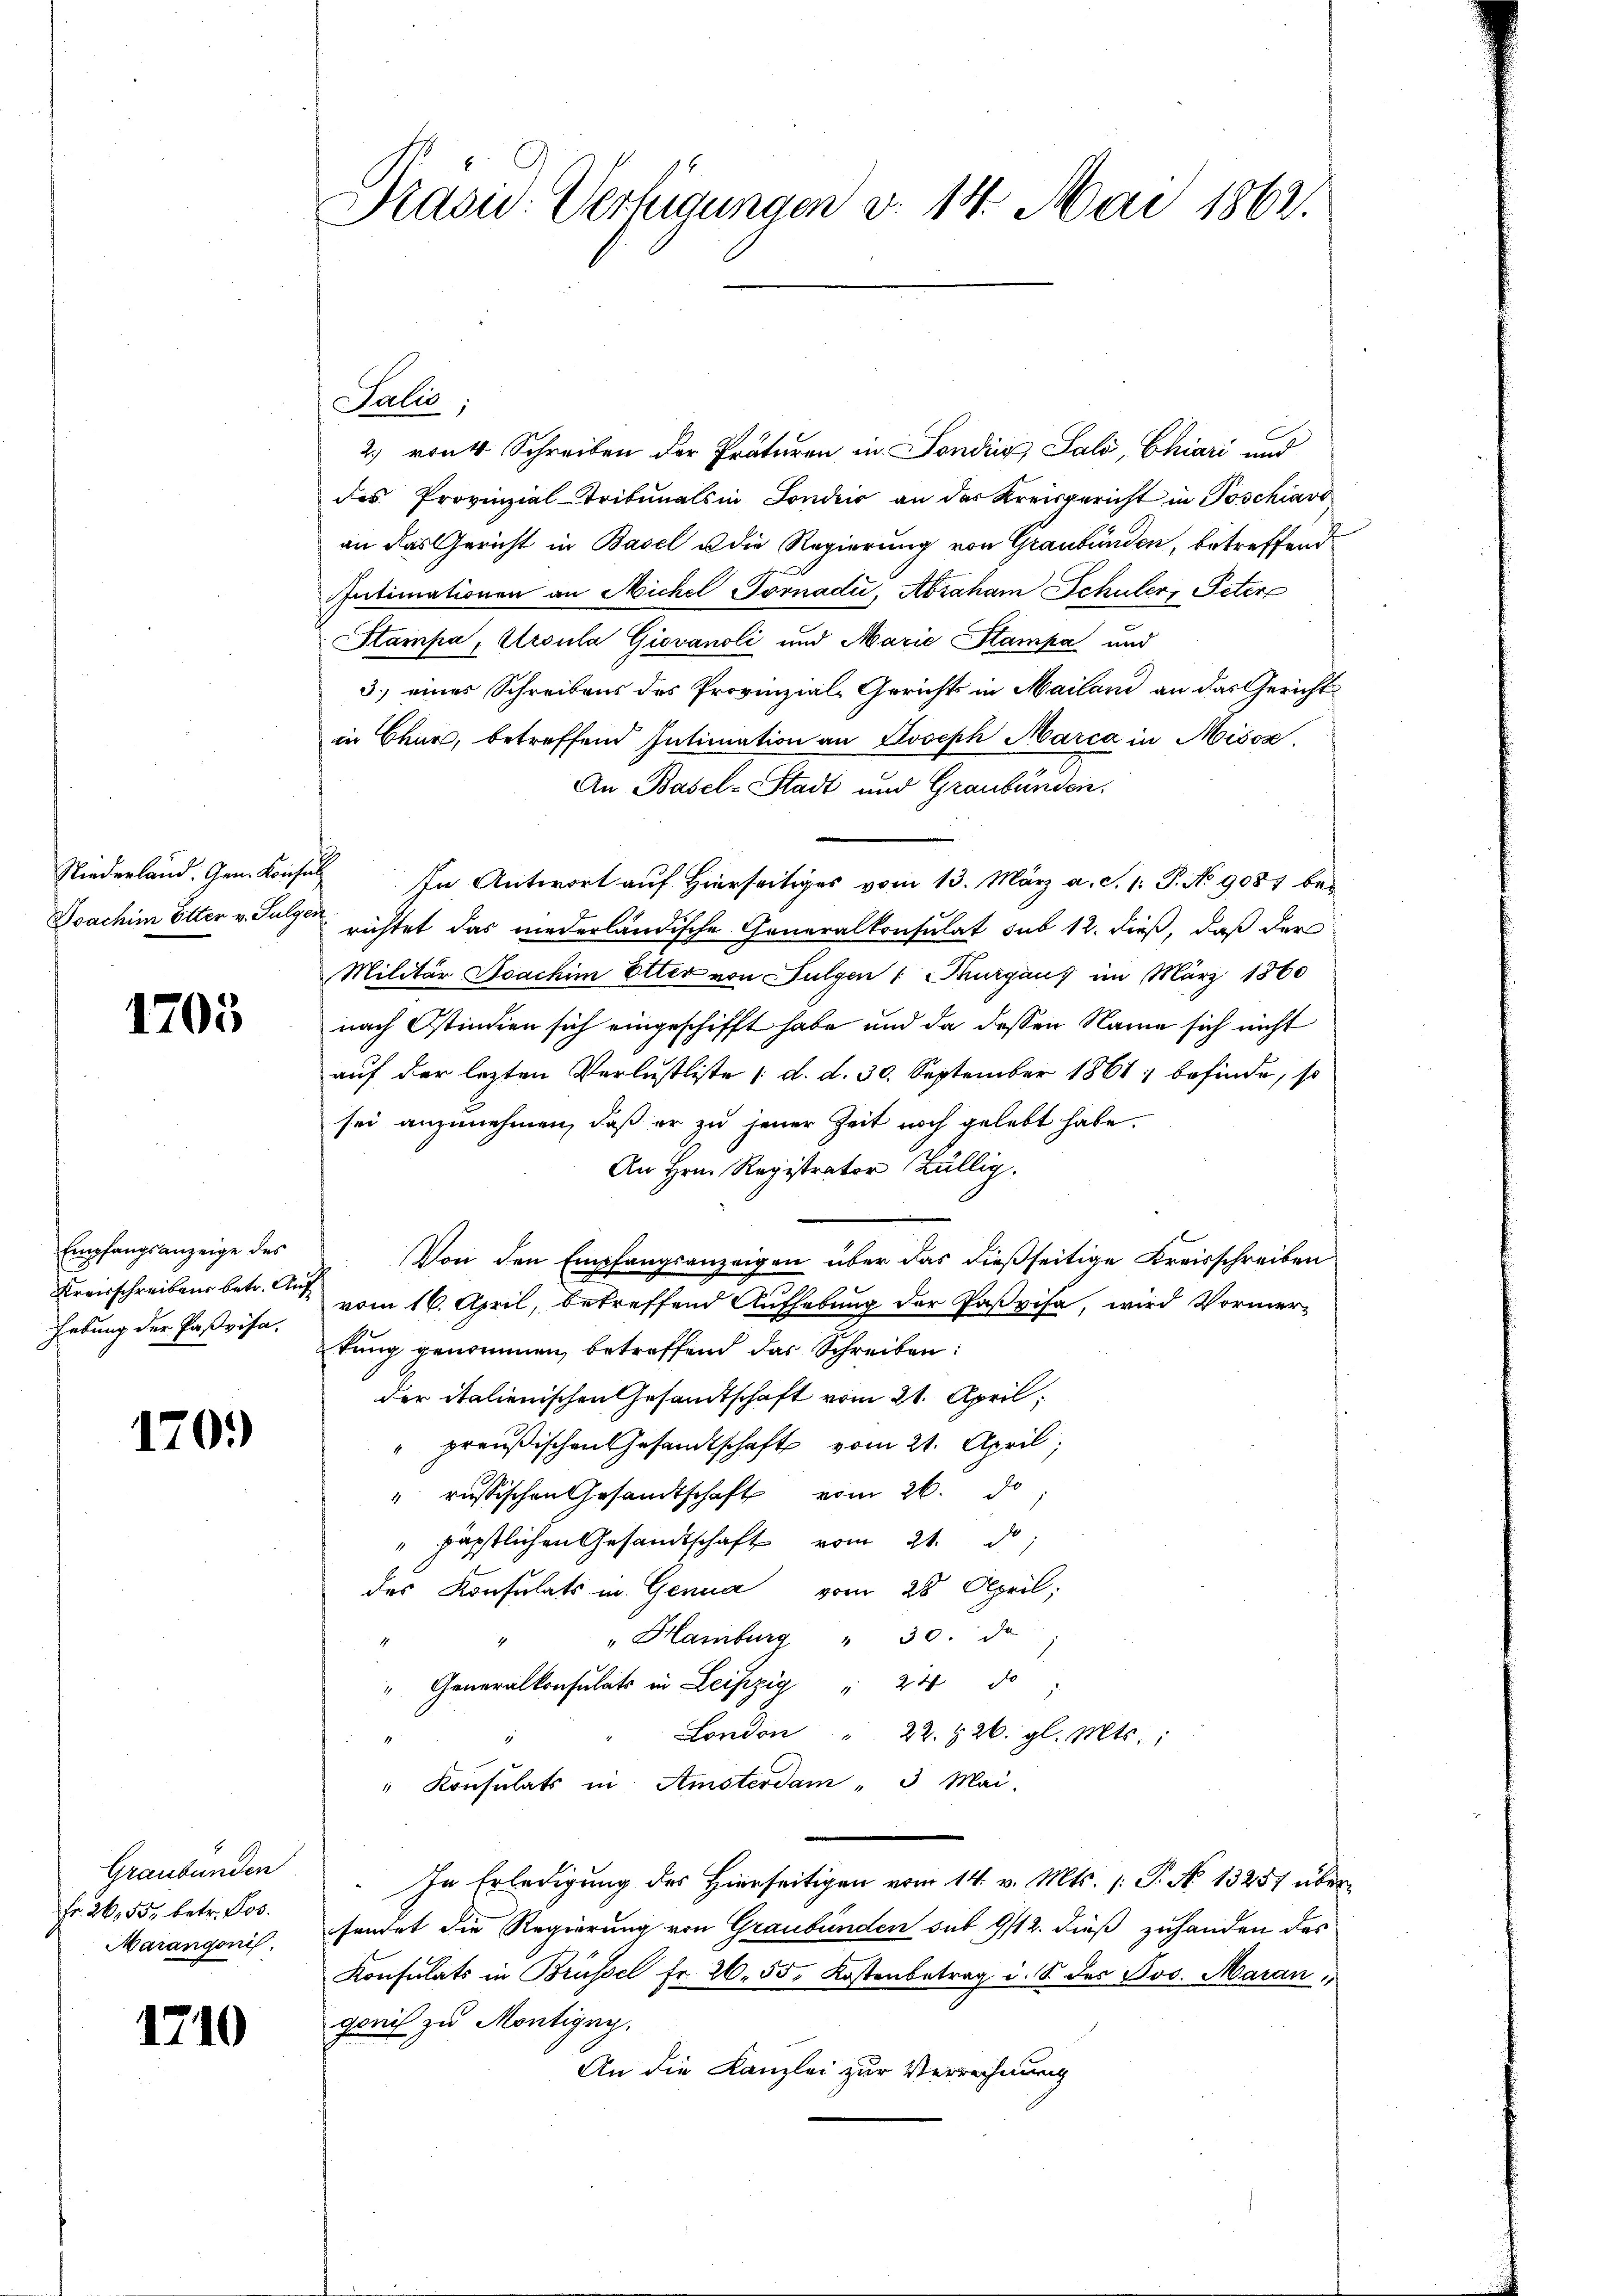
Doachim Etter v. Sulg.

1705

Empfangsanzeige des
Hebung der Paßvisa,

170.)

Graubünden
Fr. 26. 55, betr. Jos.
Marangonis

1710

Prasis. Verfügungen v. 14. Mai 1862.

2) rent Schreiben der Präturen in Sondin, Salo, Chiari und
des Provinzial-Tribunals in Sondzić an das Kreisgericht in Poschiavo
an das Gericht in Basel u die Regierung von Graubünden, betreffend
Intimationen an Michel Tornadii, Abzaham Schuler, Peters
Stampa, Ursula Giovanoli und Marie Stampa und
3.) eines Schreibens des Provinzial-Gerichts in Mailand an das Gerichts
in Chur, betreffend Intimation an Joseph Marca in Misox,
An Basel-Stadt und Graubünden.
Niederland. Gem. Konsul In Antwort auf Hierseitiges vom 13. März a. S. 1. P. No 9081 bee richtet das niederländische Generalkonsulat sub 12. dieß, daß der
Militär Joachim Elter von Sulgen Thurgaus im März 1860
nach Ostindien sich eingeschifft habe und da dessen Name sich nicht
auf der lezten Verlustliste (d. d. 30. September 1861 befinde, so
sei anzunehmen, daß er zu jener Zeit noch gelebt habe.
An Hrn. Registrator Bällig.
Von den Empfangsanzeigen über das dießseitige Kreisschreiben
Kreisschreibens betr. Art vom 16. April, betreffend Aufhebung der Paßvisa, wird Vormerkung genommen, betreffend das Schreiben:
der italienischen Gesandtschaft vom 21. April;
" preußischen Gesandtschaft vom 21. April;
" russischen Gesandtschaft vom 26. D
" päpstlichen Gesandtschaft vom 21. d.
des Konsulats in Genua vom 28 April;
" Hamburg " 30. da
1
i
" Generalkonsulats in Leipzig " 244 d
London " 22. 126. gl. Mts.,
" Konsulats in Amsterdam "3 Mai.
In Erledigung des Hierseitigen vom 14. v. Mts. (T. No 13257 übersendet die Regierung von Graubünden sub 9/12. dieß zuhanden des
Konsulats in Brüssel fr. 26. 55. Kostenbetrag i. S. des Jos. Aarau,
gerich zu Montigny.
An die Kanzlei zur Verrechnung

Salis